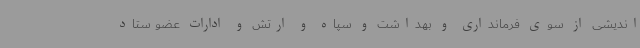
اندیشی از سوی فرمانداری و بهداشت و سپاه و ارتش و ادارات عضو ستاد